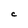
Character: C